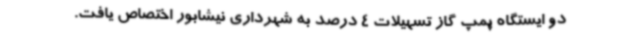
دو ایستگاه پمپ گاز تسهیلات 4 درصد به شهرداری نیشابور اختصاص یافت.